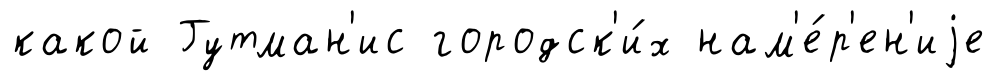
какой Гутман'ис городск'и́х нам'е́р'ен'иjе